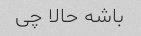
باشه حالا چی